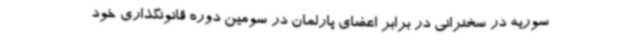
سوریه در سخنرانی در برابر اعضای پارلمان در سومین دوره قانونگذاری خود